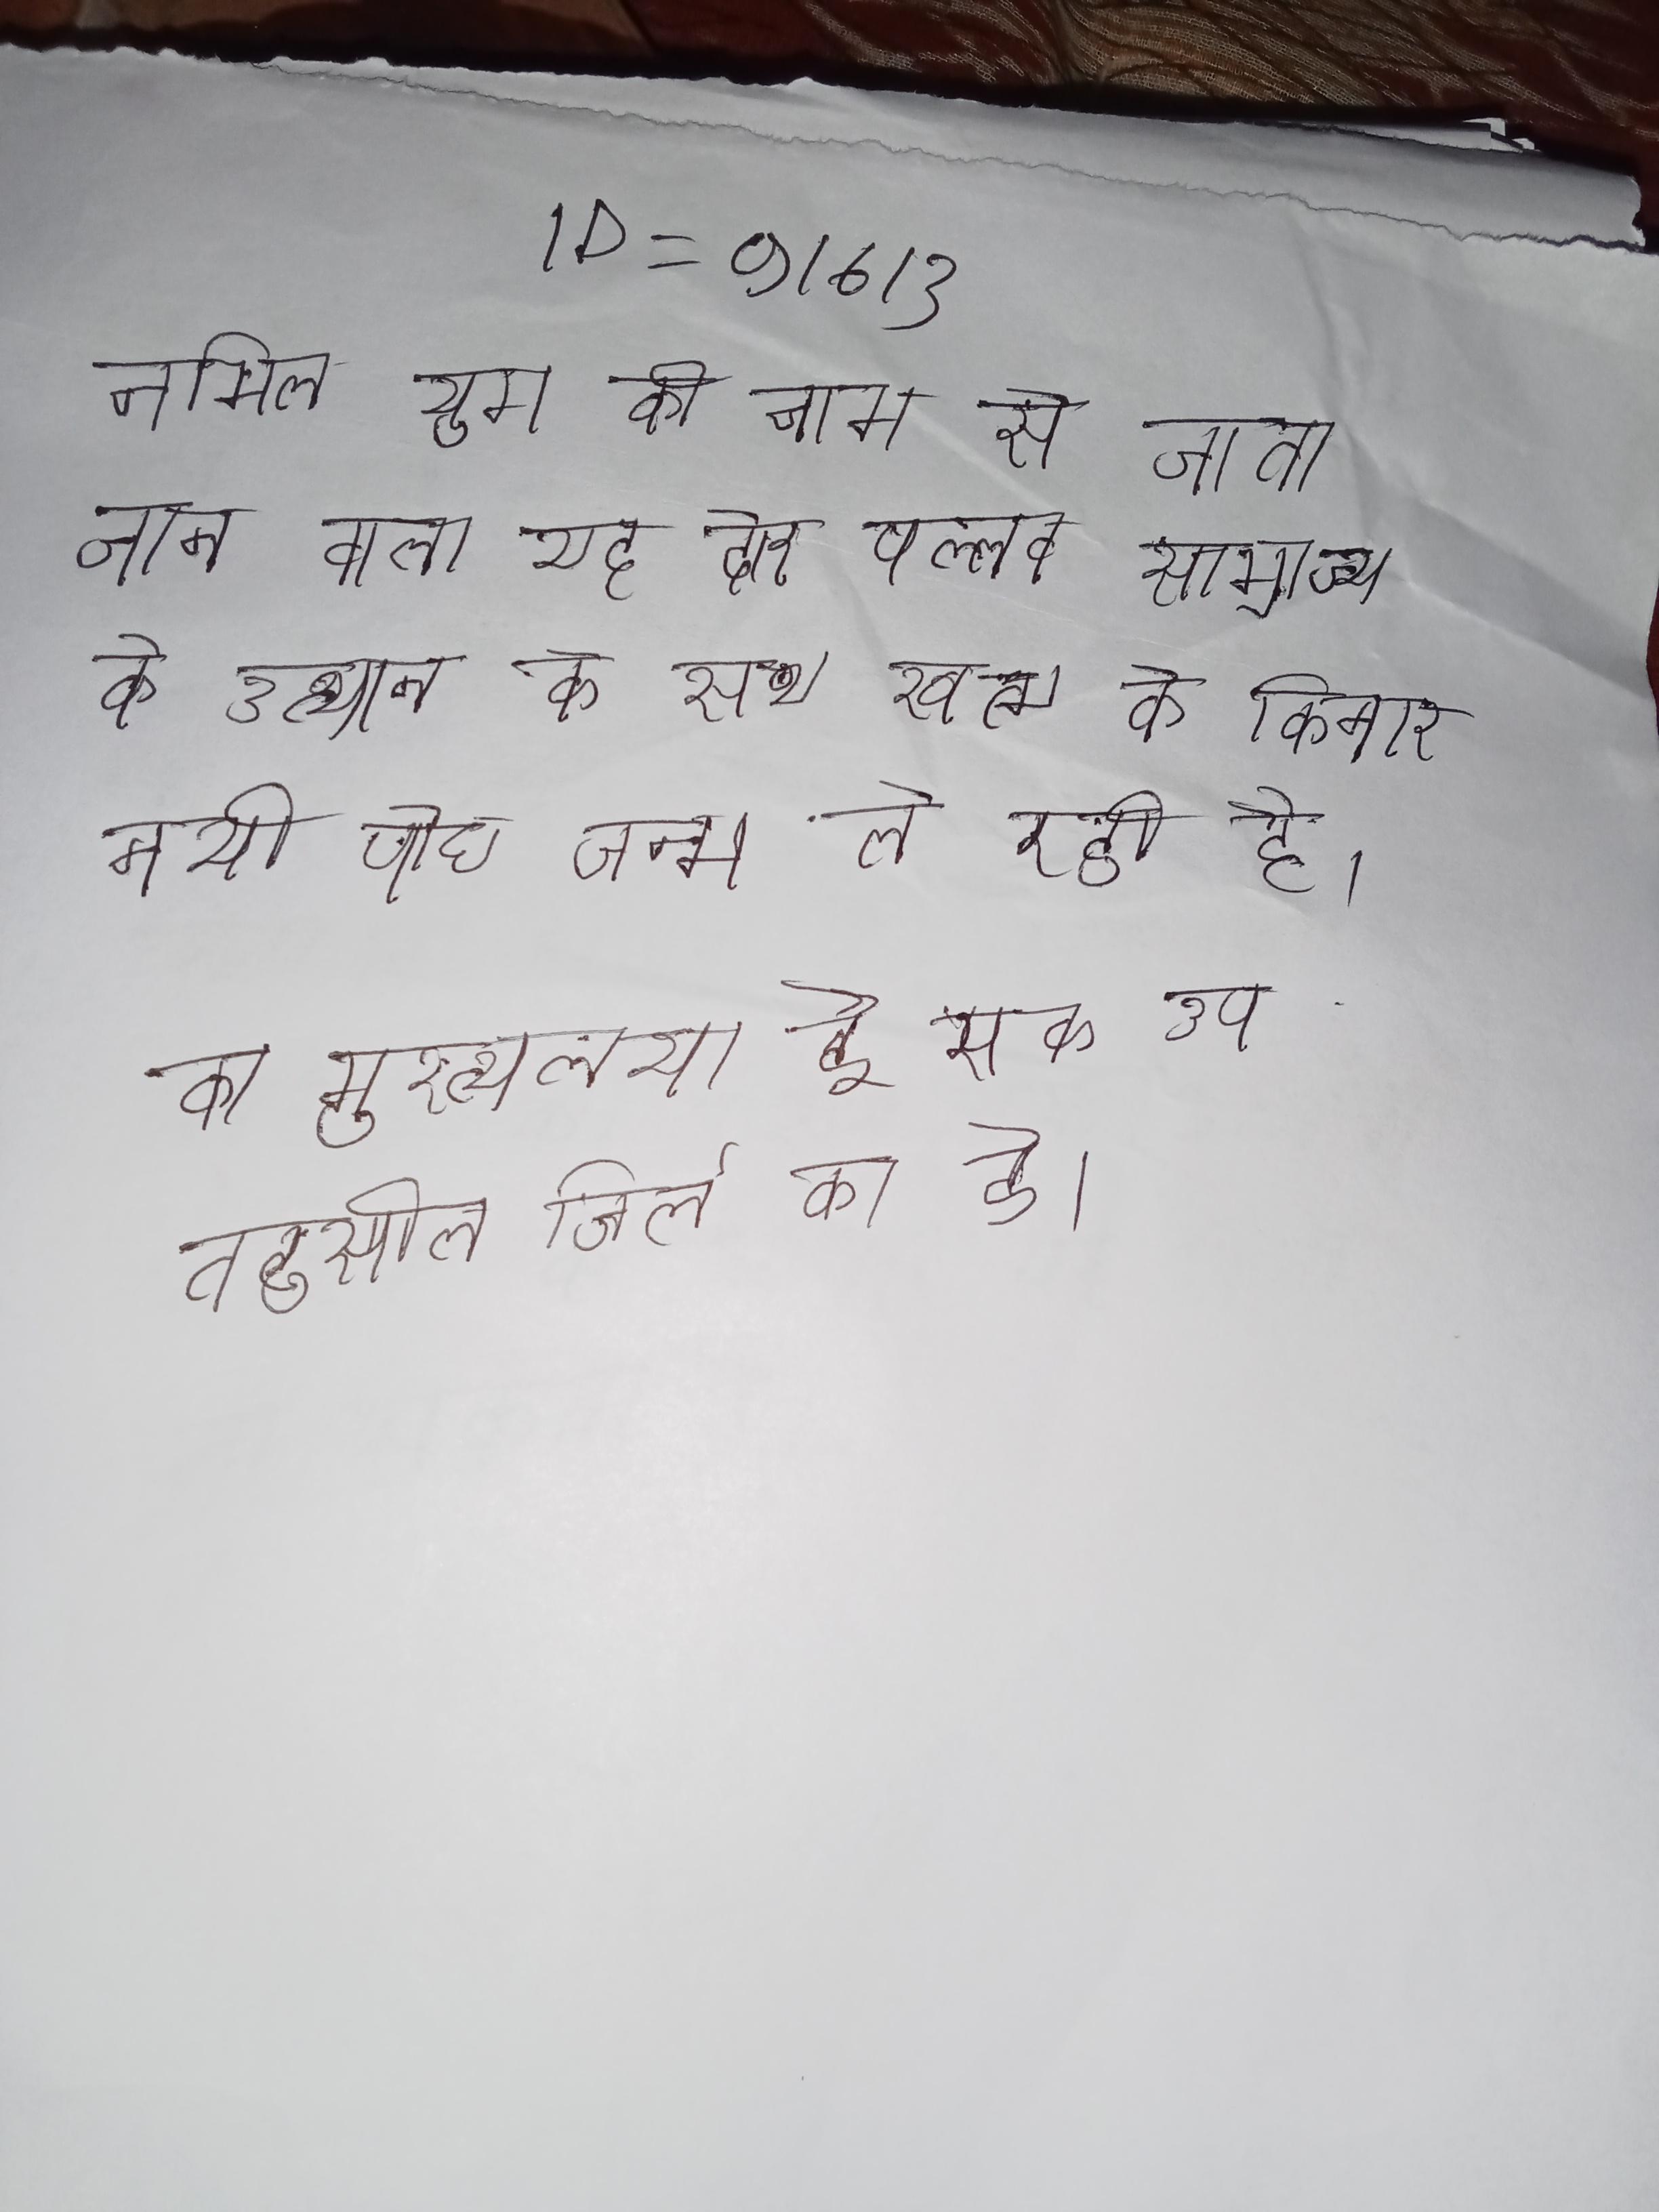
तमिल युग के नाम से जाना जाने वाला यह दौर पल्लव साम्राज्य के उत्थान के साथ खत्म हुआ । पौधे के पत्ती के किनारे नयी पौध जन्म ले रही है । का मुख्यालय है एक उप तहसील जिले का है ।